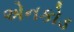
એનકોડ